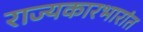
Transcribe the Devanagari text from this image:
राज्यकारभारांत